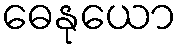
ဓေနုယော